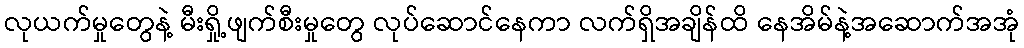
လုယက်မှုတွေနဲ့ မီးရှို့ဖျက်စီးမှုတွေ လုပ်ဆောင်နေကာ လက်ရှိအချိန်ထိ နေအိမ်နဲ့အဆောက်အအုံ